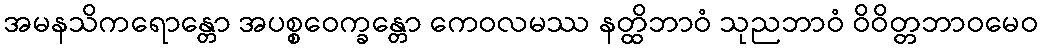
အမနသိကရောန္တော အပစ္စဝေက္ခန္တော ကေဝလမဿ နတ္ထိဘာဝံ သုညဘာဝံ ဝိဝိတ္တဘာဝမေဝ